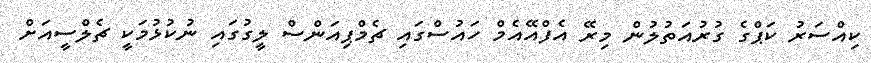
ކިއްސަރު ކަޕްގެ ގުރުއަތުލުން މިރޭ އެފްއޭއެމް ހައުސްގައި ޗެމްޕިއަންސް ލީގުގައި ނުކުޅުމަކީ ޗެލްސީއަށް